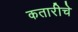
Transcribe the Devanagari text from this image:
कतारीचे